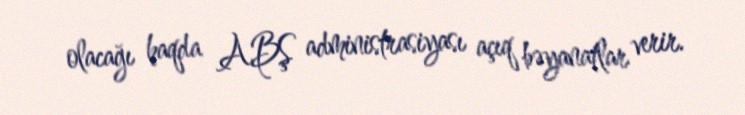
olacağı haqda ABŞ administrasiyası açıq bəyanatlar verir.